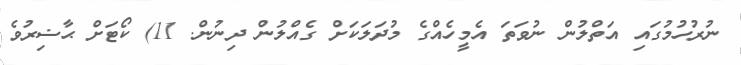
ނުރުހުމުގައި އަތްލުން ނުވަތަ އެމީހެއްގެ މުދަލަކަށް ގެއްލުން ދިނުން. 11) ކޯޓަށް ޙާޟިރުވެ